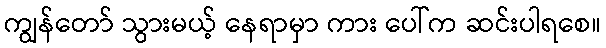
ကျွန်တော် သွားမယ့် နေရာမှာ ကား ပေါ်က ဆင်းပါရစေ။